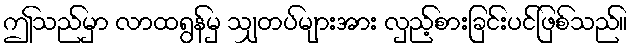
ဤသည်မှာ လာထရွန်မှ သျှတပ်များအား လှည့်စားခြင်းပင်ဖြစ်သည်။